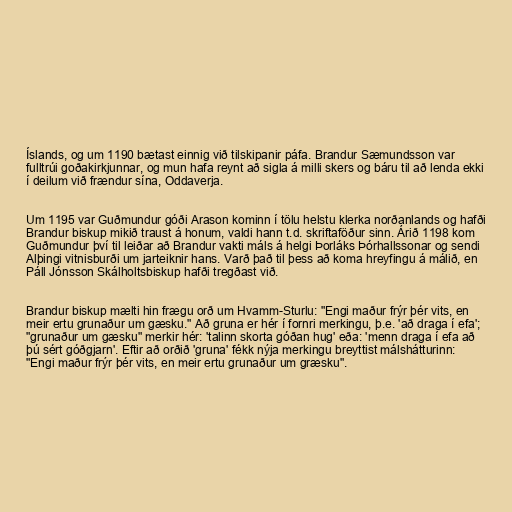
Íslands, og um 1190 bætast einnig við tilskipanir páfa. Brandur Sæmundsson var
fulltrúi goðakirkjunnar, og mun hafa reynt að sigla á milli skers og báru til að lenda ekki
í deilum við frændur sína, Oddaverja.

Um 1195 var Guðmundur góði Arason kominn í tölu helstu klerka norðanlands og hafði
Brandur biskup mikið traust á honum, valdi hann t.d. skriftaföður sinn. Árið 1198 kom
Guðmundur því til leiðar að Brandur vakti máls á helgi Þorláks Þórhallssonar og sendi
Alþingi vitnisburði um jarteiknir hans. Varð það til þess að koma hreyfingu á málið, en
Páll Jónsson Skálholtsbiskup hafði tregðast við.

Brandur biskup mælti hin frægu orð um Hvamm-Sturlu: "Engi maður frýr þér vits, en
meir ertu grunaður um gæsku." Að gruna er hér í fornri merkingu, þ.e. 'að draga í efa';
"grunaður um gæsku" merkir hér: 'talinn skorta góðan hug' eða: 'menn draga í efa að
þú sért góðgjarn'. Eftir að orðið 'gruna' fékk nýja merkingu breyttist málshátturinn:
"Engi maður frýr þér vits, en meir ertu grunaður um græsku".